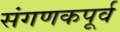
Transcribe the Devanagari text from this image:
संगणकपूर्व